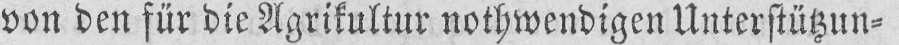
von den für die Agrikultur nothwendigen Unterstützun⸗